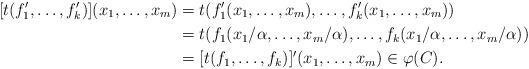
LaTeX: \begin{align*} [t(f_1', \ldots, f_k')](x_1, \ldots, x_m) & = t(f_1'(x_1, \ldots, x_m),\ldots, f_k'(x_1, \ldots, x_m)) \\ & = t(f_1(x_1/\alpha, \ldots, x_m/\alpha), \ldots, f_k(x_1/\alpha, \ldots, x_m/\alpha)) \\ & = [t(f_1,\ldots,f_k)]'(x_1, \ldots, x_m) \in \varphi(C).\end{align*}